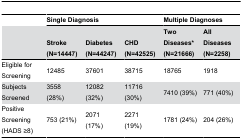
|  | <COLSPAN=3> Single Diagnosis | <COLSPAN=2> Multiple Diagnoses |
 |  | Stroke (N=14447) | Diabetes (N=44247) | CHD (N=42525) | Two Diseases* (N=21666) | All Diseases (N=2258) |
 | --- | --- | --- | --- | --- | --- |
 | Eligible for Screening | 12485 | 37601 | 38715 | 18765 | 1918 |
 | Subjects Screened | 3558 (28%) | 12082 (32%) | 11716 (30%) | 7410 (39%) | 771 (40%) |
 | Positive Screening (HADS ≥8) | 753 (21%) | 2071 (17%) | 2271 (19%) | 1781 (24%) | 204 (26%) |